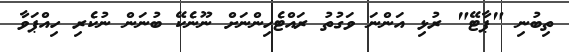
ތިބުނި "ޕާޓޭ" ރުޅި އަންނަ ވަގުތު ރައްޓެހިންނަށް ނޫނެކޭ ބުނަން ނުކެރި ހިއްޕަވާ